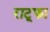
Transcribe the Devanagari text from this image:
राटूफा